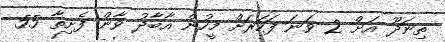
ތިނަދޫ އަށް 2 ވަނަ ފަހަރަށް މީހުން އާބާދު ވާން ފެށިތާ 55